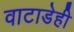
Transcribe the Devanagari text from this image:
वाटाडेही